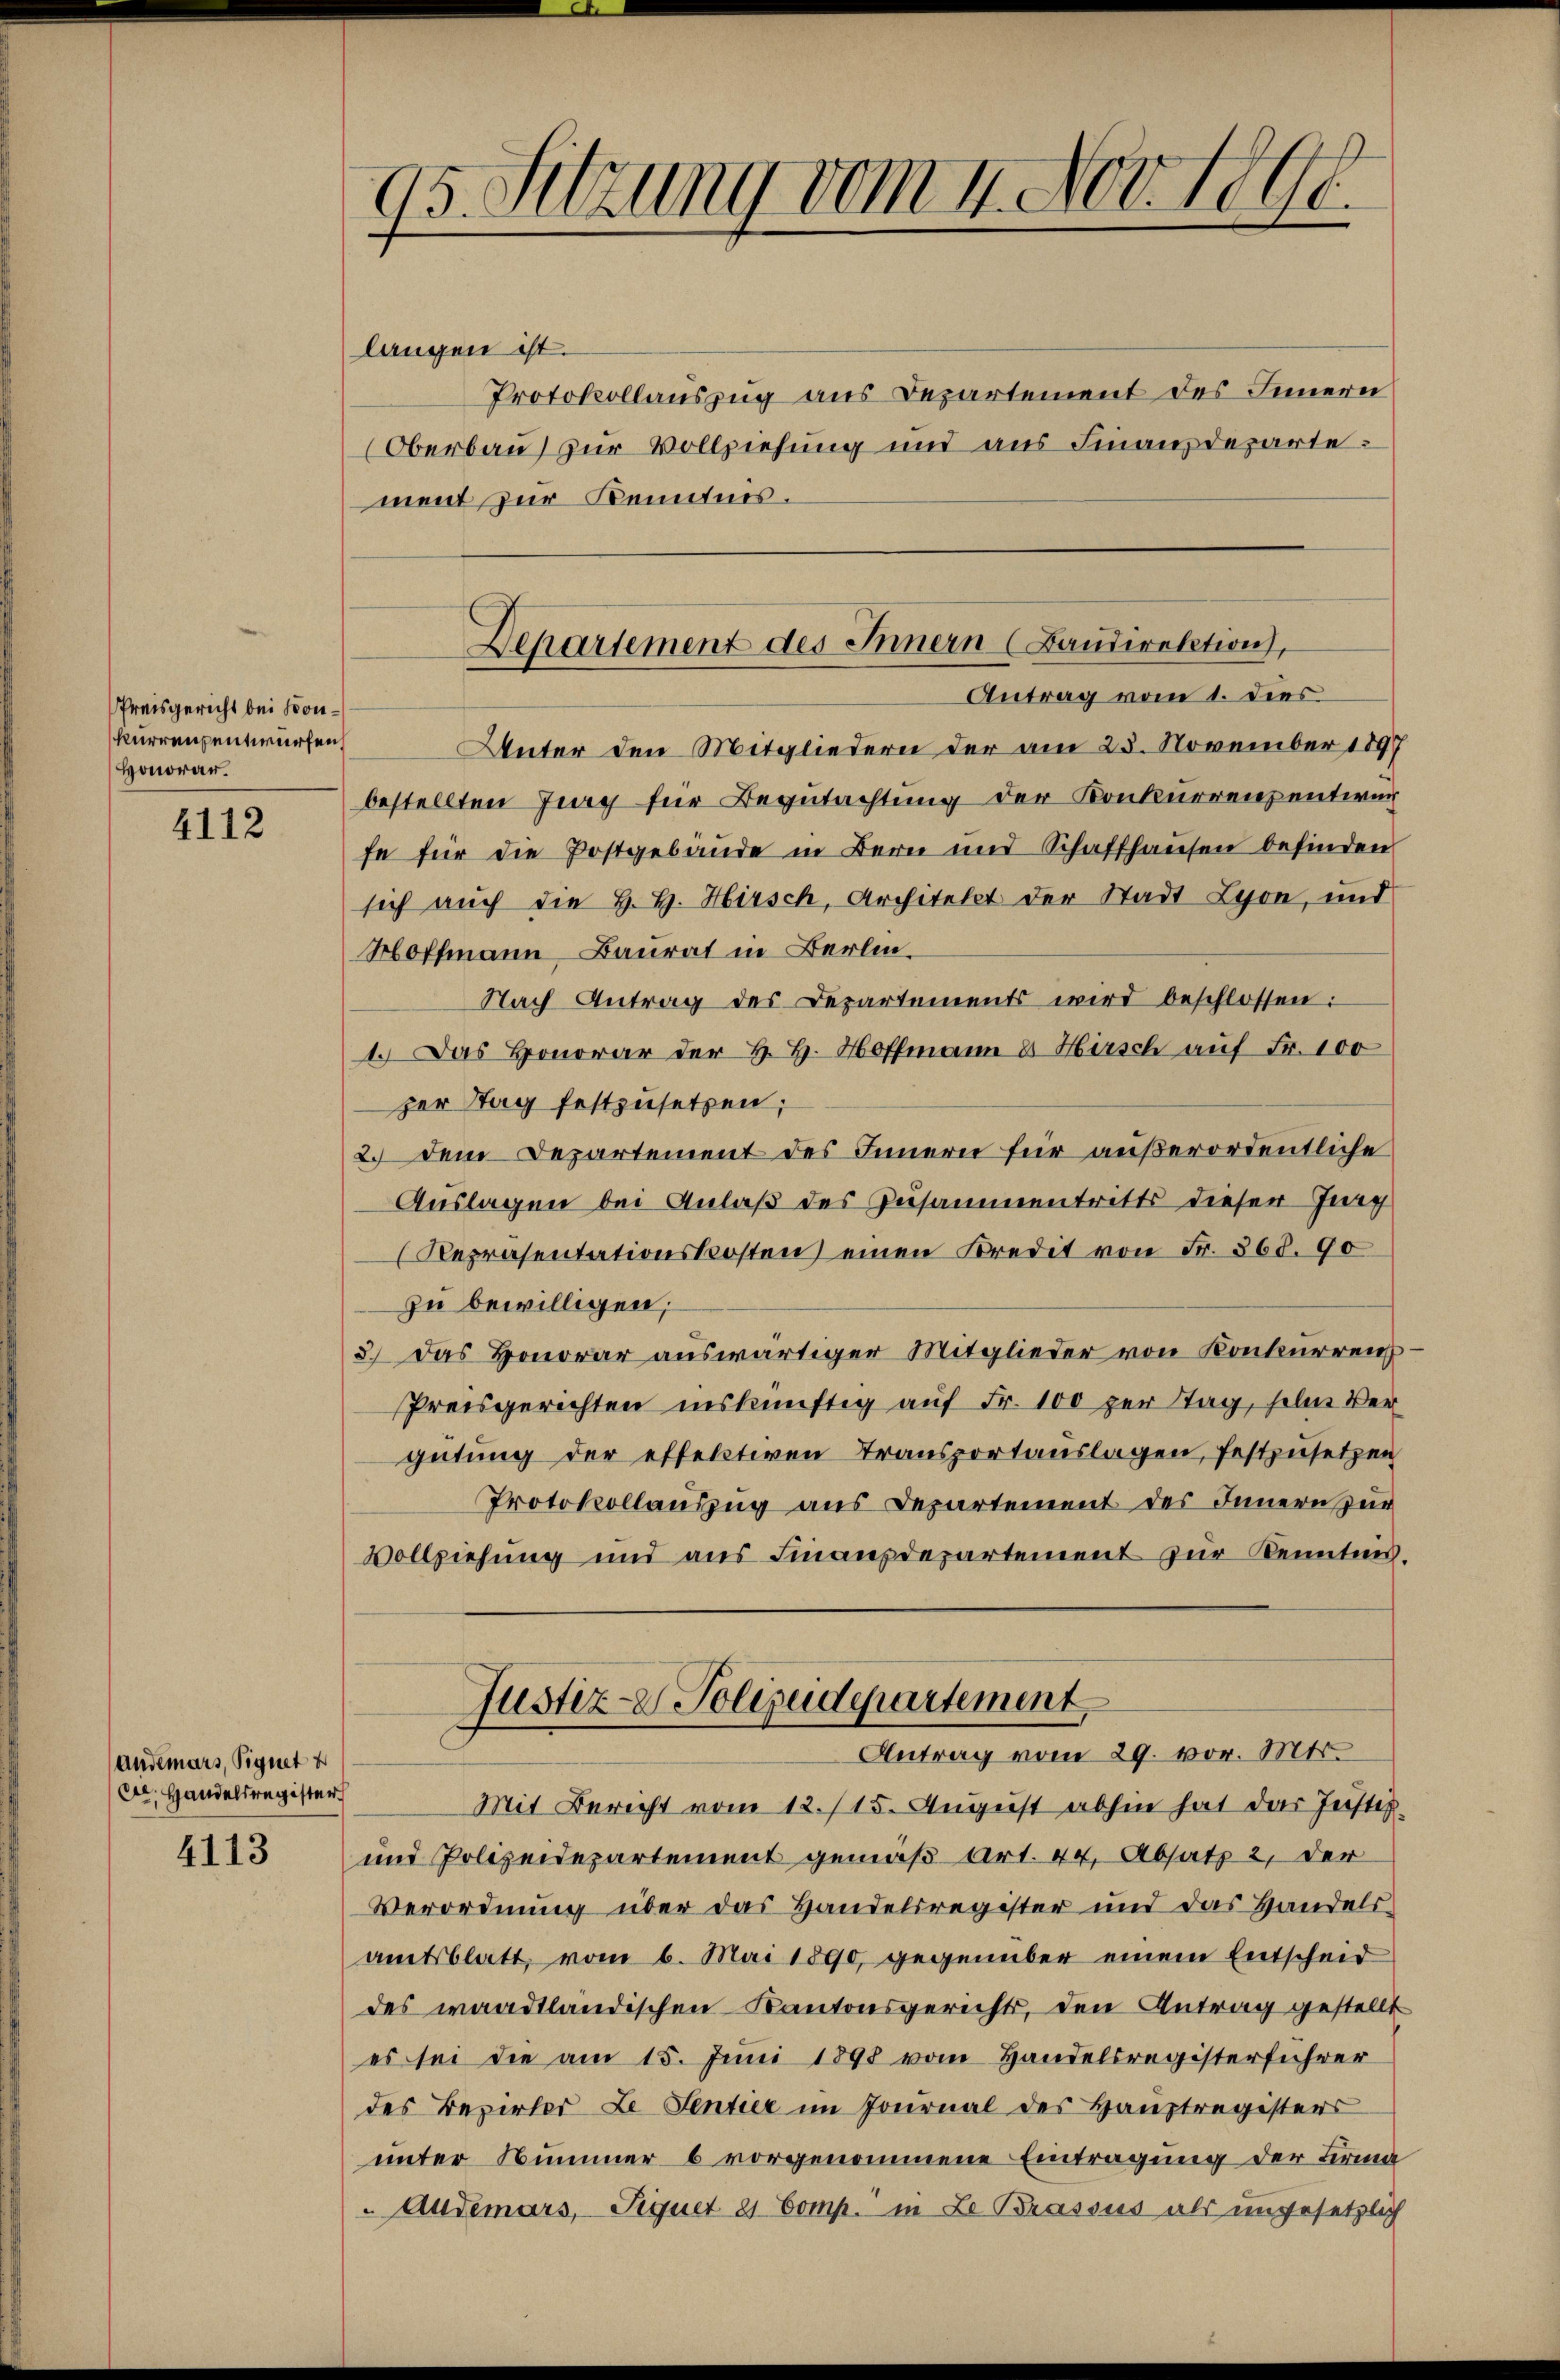
Preisgericht bei Konkurrenzentwürfen,
Honorar.

4112

anderars, Signet u
Dr. Handelsregister

4113

langen ist.
Protokollauszug aus Departement des Innern
Oberbau zur Vollziehung und aus Finanzdeparte
ment zur Kenntnis.

Unter den Mitgliedern der am 23. November 1897
bestellten Zug für Begutachtung der Konkurrenz entwur
fe für die Postgebäude in Bern und Schaffhausen befinden
sich auch die H. H. Hirsch, Architekt der Stadt Lyon, und
Hoffmann Baurat in Berlin¬
Nach Antrag des Departements wird beschlossen:
1.) Das Honorar der H. H. Hoffmann & Hirsch auf Fr. 100
zer Tag festzusetzen;
2. Dem Departement des Innern für außerordentliche
Auslagen bei Anlaß des Zusammentritts dieser Jung
Repräsentationskosten einen Kredit von Fr. 368. 90
zu bewilligen.
3.) Das Honorar auswärtiger Mitglieder von Konkurrenz
Preisgerichten inskünftig auf Fr. 100 per Stag, sehen Ver
gütung der effektiven Transportauslagen, festzusetzen
Protokollauszug aus Departement des Innern zur
Vollziehung und aus Finanzdepartement zur Kennten.
Justiz- & Polizeidepartement
Antrag vom 29. vor. Mts.
Mit Bericht vom 12./15. August abhin hat das Justiz-
und Polizeidepartement gemäß Art. 44. Absatz 2, der
Verordnung über das Handelsregister und das Handels-
amtsblatt, vom 6. Mai 1890, gegenüber einem Entscheid
des waadtländischen Kantonsgerichts, den Antrag gestellt
es sei die am 15. Juni 1898 vom Handelsregisterführer
des Bezirker Le Sentier im Journal des Hauptregisters
unter Nummer 6 vorgenommene Eintragung der Firma
Audemars, Siquet 81. Comp. in Le Brassus als ungesetzlich

95. Sitzung vom 4. Nov. 1890.

Departement des Innern (Baudirektion,
Antrag vom 1. dies